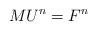
LaTeX: \begin{align*}MU^n=F^n\end{align*}